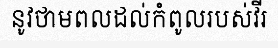
នូវថាមពលដល់កំពូលរបស់វីរ